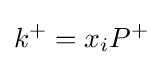
k^{+}=x_{i}P^{+}